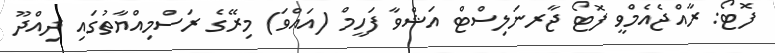
ފޮޓޯ: ރާއްޖެއެމްވީ ފޮޓޯ ޖާރނަލިސްޓް އަޝްވާ ފަހީމް (އައްވަ) މިރޭގެ ރަސްމިއްޔާތުގައި ދިއްދޫ